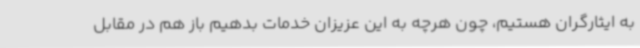
به ایثارگران هستیم، چون هرچه به این عزیزان خدمات بدهیم باز هم در مقابل